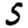
Digit: 5